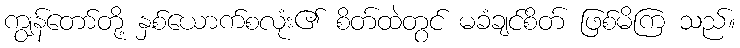
ကျွန်တော်တို့ နှစ်ယောက်စလုံး၏ စိတ်ထဲတွင် မခံချင်စိတ် ဖြစ်မိကြ သည်။